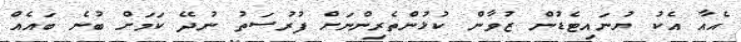
އެއާ އެކު ޔުނައިޓެޑުން ޒުވާން ކުޅުންތެރިންނަށް ފުރުސަތު ނުދޭ ކަމަށް ބުނެ ބައެއް